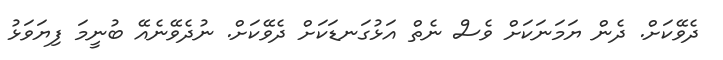
ދެވޭކަށް. ދެން ޔަމަނަކަށް ވެސް ނެތް އަޅުގަނޑަކަށް ދެވޭކަށް. ނުދެވޭނެއޭ ބުނީމަ ފިޔަވަޅު